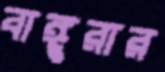
বাঙ্গুরার